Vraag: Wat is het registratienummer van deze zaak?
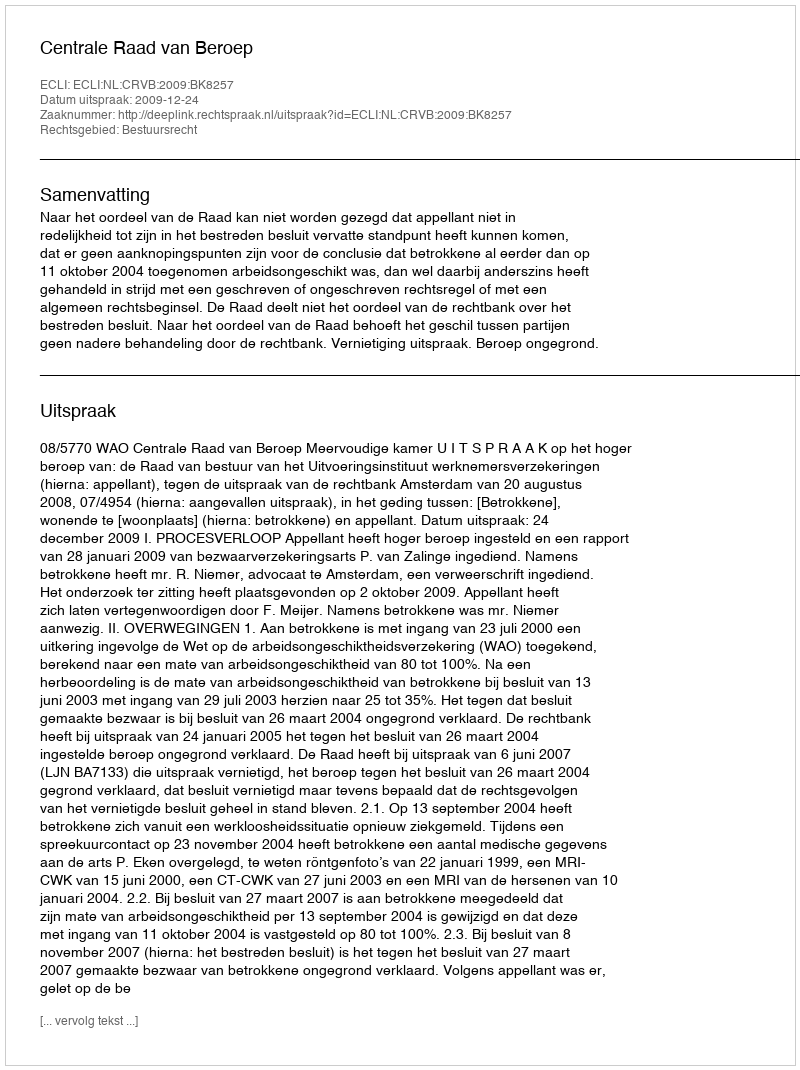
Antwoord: http://deeplink.rechtspraak.nl/uitspraak?id=ECLI:NL:CRVB:2009:BK8257